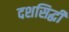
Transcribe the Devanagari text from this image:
दशसिद्धी